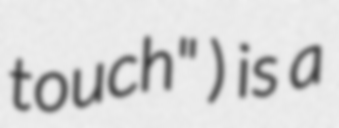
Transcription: touch" ) is a